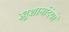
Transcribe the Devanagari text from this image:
खुशामदियों